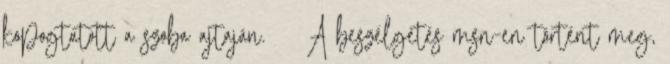
kopogtatott a szoba ajtaján. A beszélgetés msn-en történt meg,